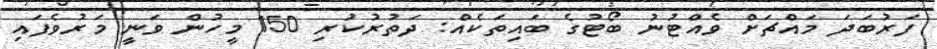
ފަރުބަދަ މައްޗަށް ވެއްޓުނު ބޯޓުގެ ބައިތަކެއް: ދަތުރުކުރި 150 މީހުން ވަނީ މަރުވެފައި